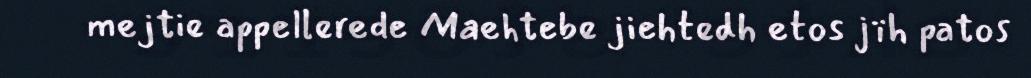
mejtie appellerede Maehtebe jiehtedh etos jïh patos